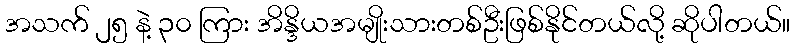
အသက် ၂၅ နဲ့ ၃၀ ကြား အိန္ဒိယအမျိုးသားတစ်ဦးဖြစ်နိုင်တယ်လို့ ဆိုပါတယ်။